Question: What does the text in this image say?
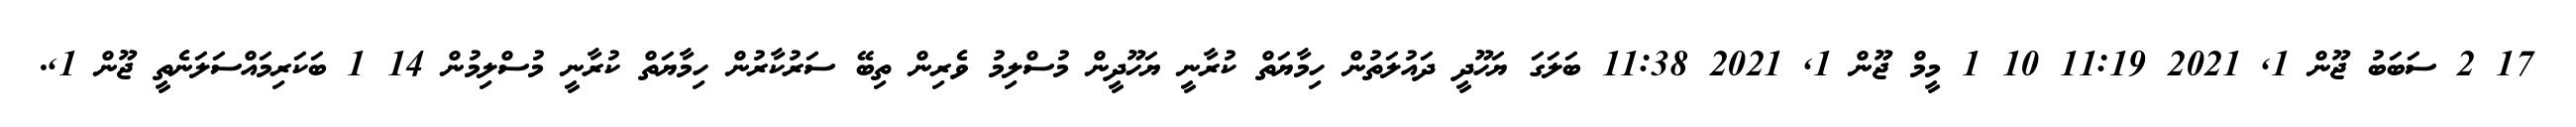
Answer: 17 2 ސަބަބު ޖޫން 1, 2021 11:19 10 1 މީމް ޖޫން 1, 2021 11:38 ބަލަގަ ޔަހޫދީ ދައުލަތުން ހިމާޔަތް ކުރާނީ ޔަހޫދީން މުސްލިމު ވެރިން ތިބޭ ސަރުކާރުން ހިމާޔަތް ކުރާނީ މުސްލިމުން 14 1 ބަކަރިމައްސަލަނެތީ ޖޫން 1,.